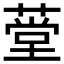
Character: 𬝾